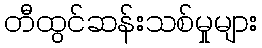
တီထွင်ဆန်းသစ်မှုများ